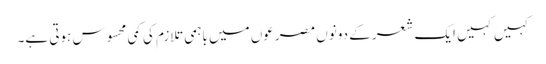
کہیں کہیں ایک شعر کے دونوں مصرعوں میں باہمی تلازم کی کمی محسوس ہوتی ہے۔